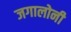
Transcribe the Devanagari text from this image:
जगालोनी